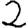
Digit: 2